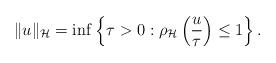
LaTeX: \begin{align*}\|u\|_{\mathcal{H}} = \inf \left \{ \tau >0 : \rho_{\mathcal{H}}\left(\frac{u}{\tau}\right) \leq 1 \right \}.\end{align*}